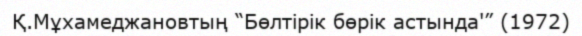
Қ.Мұхамеджановтың “Бөлтірік бөрік астында'” (1972)